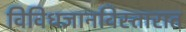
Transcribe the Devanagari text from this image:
विविधज्ञानविस्तारात